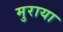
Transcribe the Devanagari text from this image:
मुराया